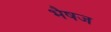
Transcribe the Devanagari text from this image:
भैषज